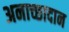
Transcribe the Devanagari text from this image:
अनाच्छादान